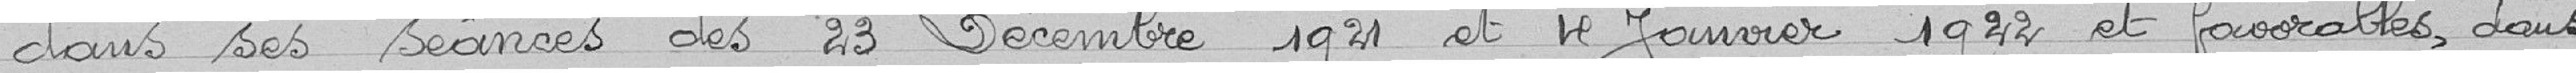
dans ses séances des 23 décembre 1921 et 4 janvier 1922 est favorable, dans